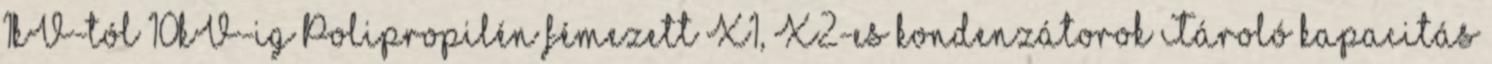
1kV-tól 10kV-ig Polipropilén fémezett X1, X2-es kondenzátorok Tároló kapacitás